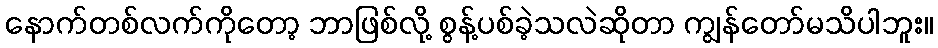
နောက်တစ်လက်ကိုတော့ ဘာဖြစ်လို့ စွန့်ပစ်ခဲ့သလဲဆိုတာ ကျွန်တော်မသိပါဘူး။